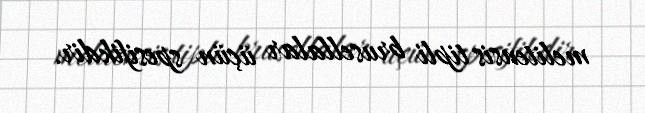
melitensis tipli brusellalar üçün spesifikdir.